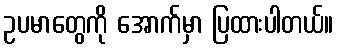
ဥပမာတွေကို အောက်မှာ ပြထားပါတယ်။